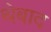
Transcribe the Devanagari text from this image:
थेबाद